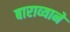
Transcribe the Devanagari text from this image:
बाराव्याने